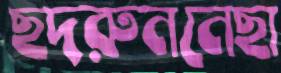
ছদরুননেছা